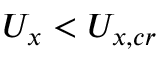
U _ { x } < U _ { x , c r }